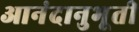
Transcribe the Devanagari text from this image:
आनंदानुभूती